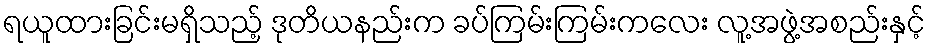
ရယူထားခြင်းမရှိသည့် ဒုတိယနည်းက ခပ်ကြမ်းကြမ်းကလေး လူ့အဖွဲ့အစည်းနှင့်